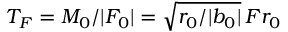
T _ { F } = M _ { 0 } / | F _ { 0 } | = \sqrt { r _ { 0 } / | b _ { 0 } | } \, F r _ { 0 }